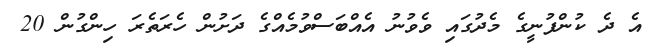
އެ ދެ ކުންފުނީގެ މެދުގައި ވެވުނު އެއްބަސްވުމެއްގެ ދަށުން ހެރަތެރަ ހިންގުން 20